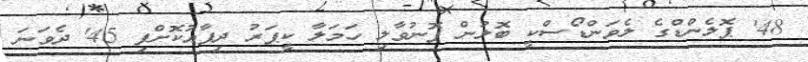
48' ޕޮލެންޑްގެ ލެވަންޑޯސްކީ ބޮލުން ފޮނުވާލި ހަމަލާ ކީޕަރު ދިފާއުކޮށްފި 45' ދެވަނަ